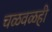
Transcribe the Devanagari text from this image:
चळवळही